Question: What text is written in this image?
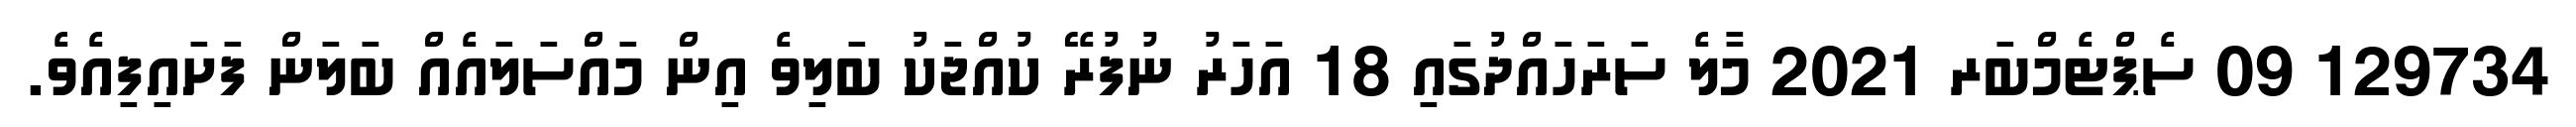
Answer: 129734 09 ސެޕްޓެމްބަރ 2021 މާލެ ސަރަހައްދުގައި 18 އަހަރު ނުފުރޭ ކުއްޖަކު ބަލިވެ އިން މައްސަލައެއް ބަލަން ފަށައިފިއެވެ.